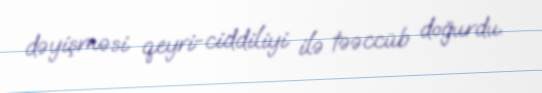
dəyişməsi qeyri-ciddiliyi ilə təəccüb doğurdu.